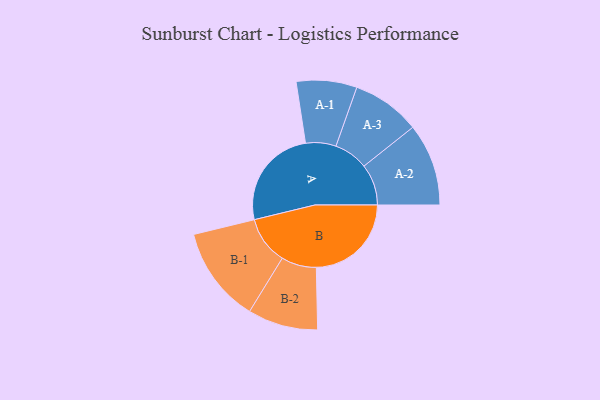
{"axis": {"x": "Segment", "y": "Value"}, "legend": ["", "A", "B"], "data": [{"x": "A", "y": 466, "type": ""}, {"x": "B", "y": 436, "type": ""}, {"x": "A-1", "y": 139, "type": "A"}, {"x": "A-2", "y": 189, "type": "A"}, {"x": "A-3", "y": 157, "type": "A"}, {"x": "B-1", "y": 220, "type": "B"}, {"x": "B-2", "y": 161, "type": "B"}]}